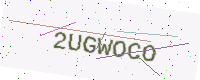
Text: 2UGWOCO